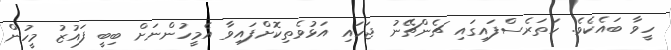
ހީވާ ބައެކެވެ. ހަތަރެސްފައިގައި ޗެންޗޭނު ޖަހައި އަޅުވެތިކޮށްފައިވާ އެމީހުންނަށް ބިބީ ފައުޒު މީހުން